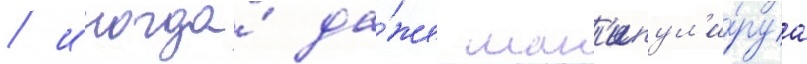
/ иногда́ да́же ман'ипул'и́руа